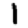
Digit: 1